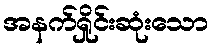
အနက်ရှိုင်းဆုံးသော